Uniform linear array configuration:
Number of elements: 12
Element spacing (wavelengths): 0.5
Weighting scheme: uniform
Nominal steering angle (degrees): -15
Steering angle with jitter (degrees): -15.279
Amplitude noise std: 0.05
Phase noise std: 0.05

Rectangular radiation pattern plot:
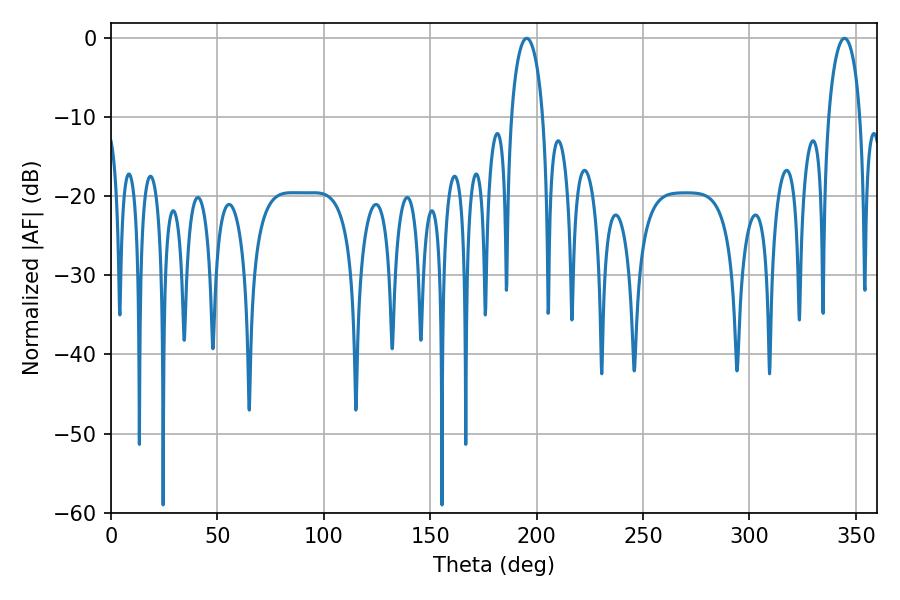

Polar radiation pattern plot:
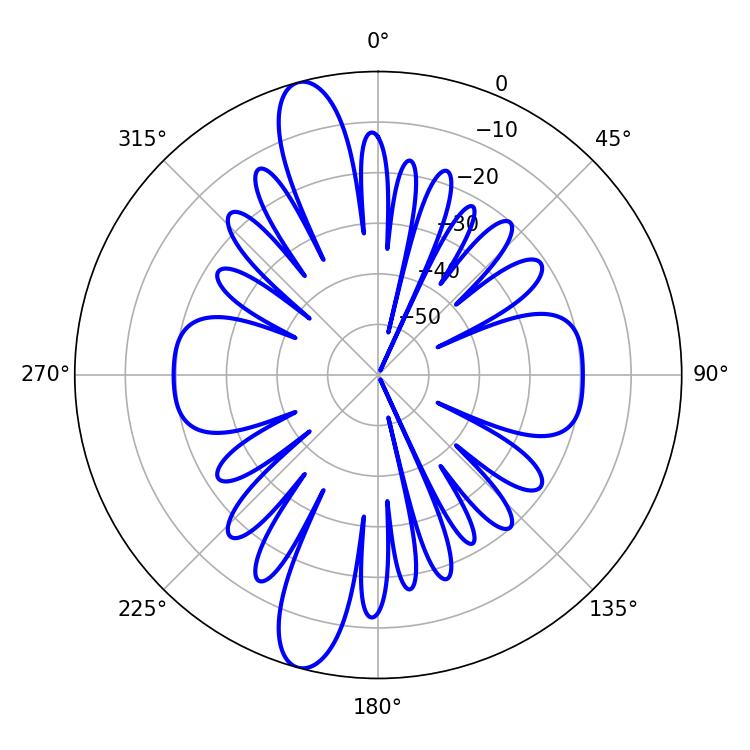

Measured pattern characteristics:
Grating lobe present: FALSE
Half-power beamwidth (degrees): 8.46
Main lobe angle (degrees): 195.3